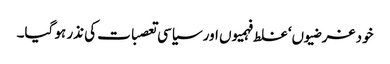
خود غرضیوں‘ غلط فہمیوں اور سیاسی تعصبات کی نذر ہو گیا۔